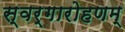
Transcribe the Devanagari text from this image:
स्वर्गारोहणम्